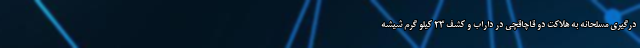
درگیری مسلحانه به هلاکت دو قاچاقچی در داراب و کشف ۲۳ کیلو گرم شیشه